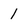
Character: 1